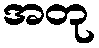
အတု